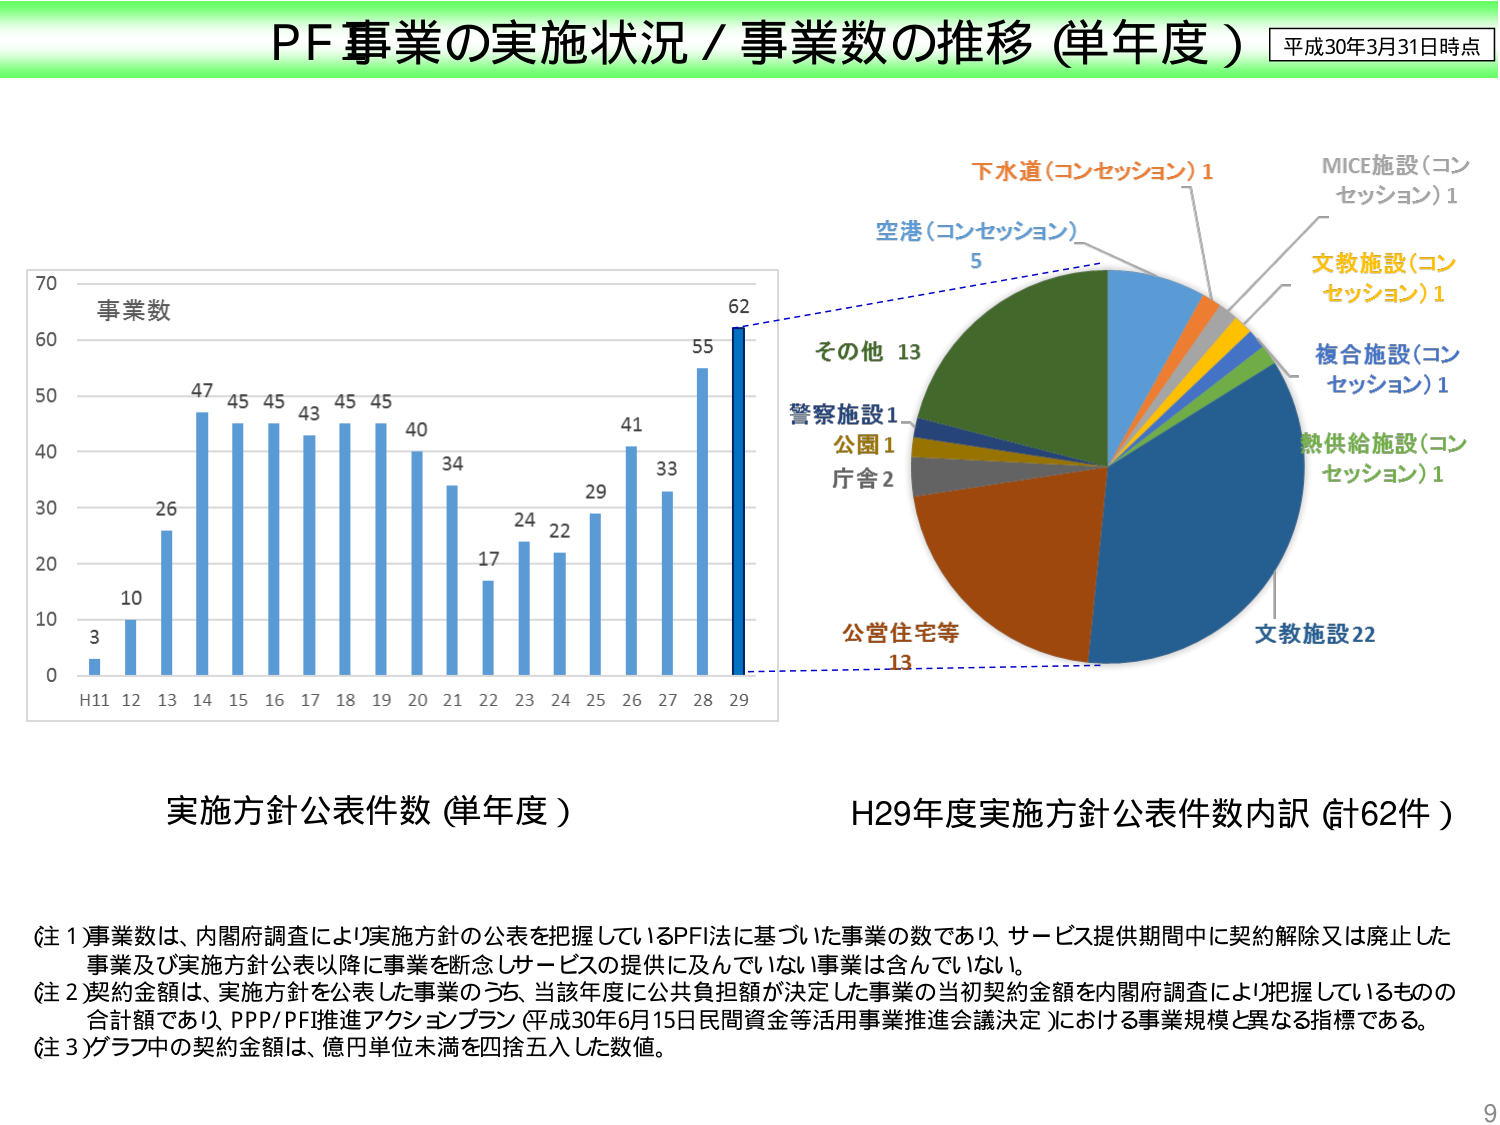
PF事業の実施状況／事業数の推移（単年度）
平成30年3月31日時点

事業数
3
10
26
47
45
45
43
45
45
40
34
17
24
22
29
41
33
55
62
H11 12 13 14 15 16 17 18 19 20 21 22 23 24 25 26 27 28 29

実施方針公表件数（単年度）

下水道（コンセッション）1
空港（コンセッション）5
MICE施設（コンセッション）1
文教施設（コンセッション）1
複合施設（コンセッション）1
熱供給施設（コンセッション）1
文教施設22
公営住宅等13
その他13
警察施設1
公園1
庁舎2

H29年度実施方針公表件数内訳（計62件）

（注1）事業数は、内閣府調査により実施方針の公表を把握しているPFI法に基づいた事業の数であり、サービス提供期間中に契約解除又は廃止した事業及び実施方針公表以降に事業を断念しサービスの提供に及んでいない事業は含んでいない。
（注2）契約金額は、実施方針を公表した事業のうち、当該年度に公共負担額が決定した事業の当初契約金額を内閣府調査により把握しているものの合計額であり、PPP/PFI推進アクションプラン（平成30年6月15日民間資金等活用事業推進会議決定）における事業規模と異なる指標である。
（注3）グラフ中の契約金額は、億円単位未満を四捨五入した数値。

9